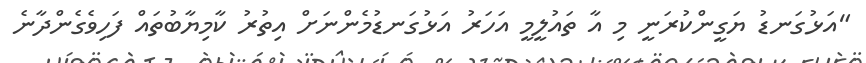
"އަޅުގަނޑު ޔަގީންކުރަނީ މި އާ ތައުލީމީ އަހަރު އަޅުގަނޑުމެންނަށް އިތުރު ކާމިޔާބުތައް ފަހިވެގެންދާނެ